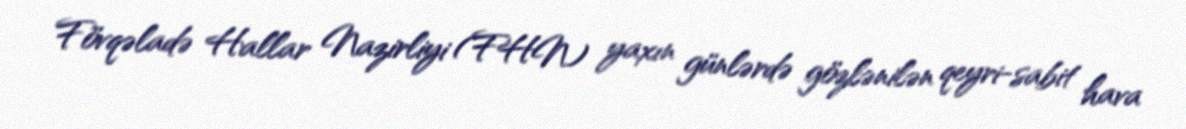
Fövqəladə Hallar Nazirliyi (FHN) yaxın günlərdə gözlənilən qeyri-sabit hava